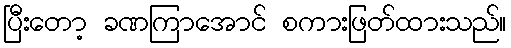
ပြီးတော့ ခဏကြာအောင် စကားဖြတ်ထားသည်။